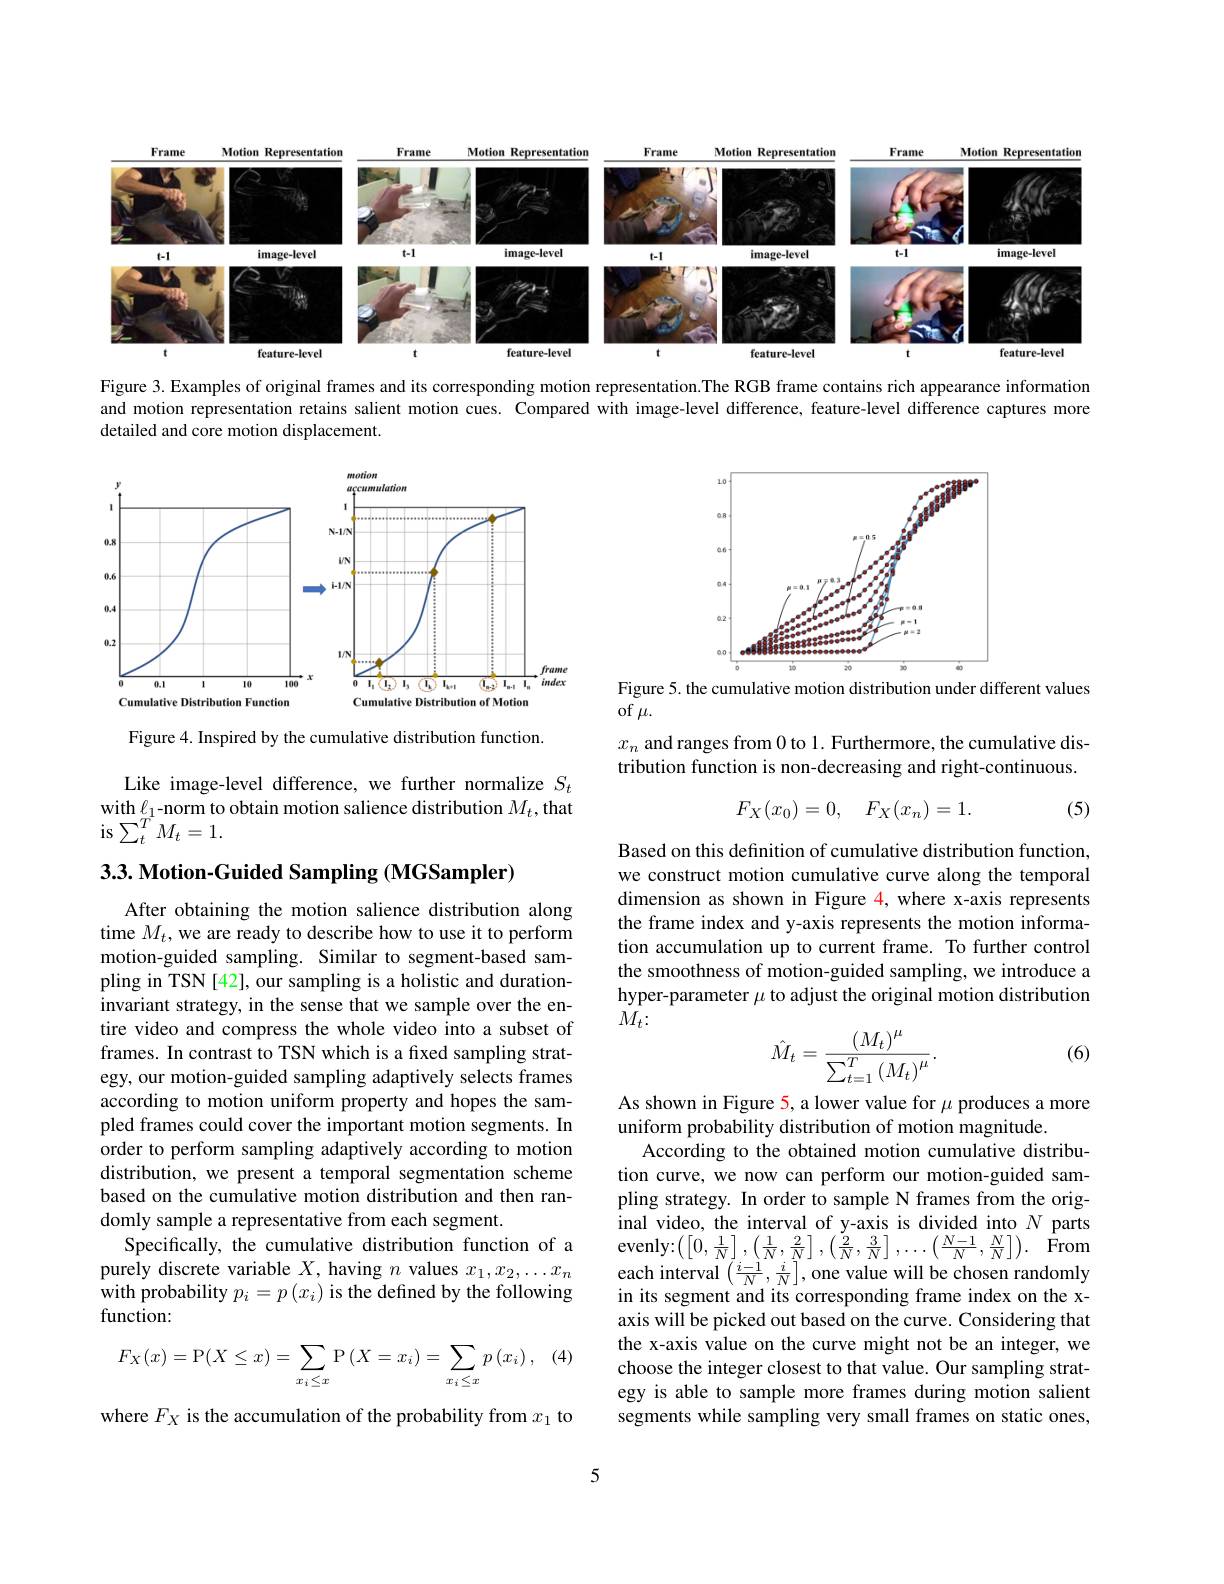
<FigureHere>

Figure 3. Examples of original frames and its corresponding motion representation.The RGB frame contains rich appearance information and motion representation retains salient motion cues. Compared with image-level difference, feature-level difference captures more detailed and core motion displacement.

<FigureHere>

<FigureHere>

Figure 5. the cumulative motion distribution under different values
of $\mu.$
$x_n$ and ranges from 0 to 1. Furthermore, the cumulative distribution function is non-decreasing and right-continuous.

Figure 4. Inspired by the cumulative distribution function.

Like image-level difference, we further normalize $S_t$ with $\ell_{1}$-norm to obtain motion salience distribution $M_t$,that is$\sum_t^TM_t=1.$
$$F_X(x_0)=0,\quad F_X(x_n)=1.$$
(5)

3.3. Motion-Guided Sampling (MGSampler)

Based on this defnition of cumulative distribution function, we construct motion cumulative curve along the temporal dimension as shown in Figure 4, where x-axis represents the frame index and y-axis represents the motion information accumulation up to current frame. To further control the smoothness of motion-guided sampling, we introduce a hyper-parameter $\mu$ to adjust the original motion distribution $M_{t}\colon$

(6)
$$\hat M_t=\frac{\left(M_t\right)^\mu}{\sum_{t=1}^T\left(M_t\right)^\mu}.$$
After obtaining the motion salience distribution along time $M_t$,we are ready to describe how to use it to perform motion-guided sampling. Similar to segment-based sampling in TSN [42], our sampling is a holistic and durationinvariant strategy, in the sense that we sample over the entire video and compress the whole video into a subset of frames. In contrast to TSN which is a fixed sampling strategy, our motion-guided sampling adaptively selects frames according to motion uniform property and hopes the sampled frames could cover the important motion segments. In order to perform sampling adaptively according to motion distribution, we present a temporal segmentation scheme based on the cumulative motion distribution and then randomly sample a representative from each segment.
Specifically, the cumulative distribution function of a purely discrete variable $X$, having $n$ values $x_1,x_2,\ldots x_n$ with probability $p_i=p\left(x_i\right)$ is the defined by the following function:
(4)
$$F_{X}(x)=\mathrm{P}(X\leq x)=\sum_{x_{i}\leq x}\mathrm{P}\left(X=x_{i}\right)=\sum_{x_{i}\leq x}p\left(x_{i}\right),$$
As shown in Figure 5, a lower value for $\mu$ produces a more
uniform probability distribution of motion magnitude.
According to the obtained motion cumulative distribution curve, we now can perform our motion-guided sampling strategy. In order to sample N frames from the original video, the interval of y-axis is divided into $N$ parts evenly:$\left ( \left [ 0, \frac 1N\right ] , \left ( \frac 1N, \frac 2N\right ] , \left ( \frac 2N, \frac 3N\right ] , \ldots \left ( \frac {N- 1}N, \frac NN\right ] \right ) .$ $\hat{\mathrm{From}}$ each interval $\left(\frac{i-1}N,\frac iN\right]$,one value will be chosen randomly in its segment and its corresponding frame index on the xaxis will be picked out based on the curve. Considering that the x-axis value on the curve might not be an integer, we choose the integer closest to that value. Our sampling strategy is able to sample more frames during motion salient segments while sampling very small frames on static ones,

where $F_X$ is the accumulation of the probability from $x_1$ to

5